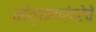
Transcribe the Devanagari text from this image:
कीर्तनपरंपरेचे